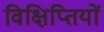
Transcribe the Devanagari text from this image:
विक्षिप्तियों